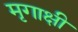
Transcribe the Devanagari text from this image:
मृगाक्षी